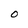
Character: O